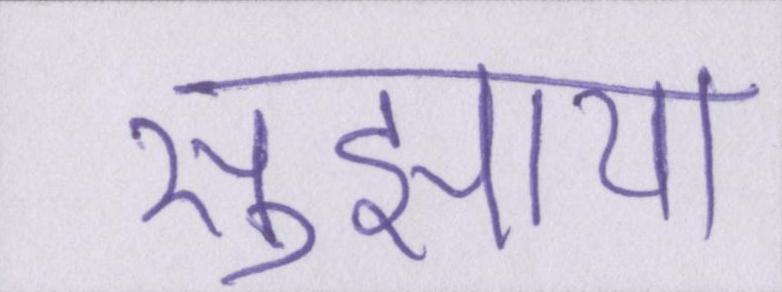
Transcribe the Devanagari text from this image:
सुझाया